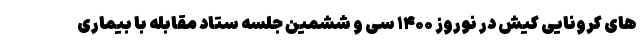
های کرونایی کیش در نوروز ۱۴۰۰ سی و ششمین جلسه ستاد مقابله با بیماری